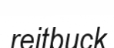
reitbuck